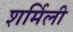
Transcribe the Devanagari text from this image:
शर्मिली